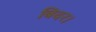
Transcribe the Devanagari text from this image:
बिदर।